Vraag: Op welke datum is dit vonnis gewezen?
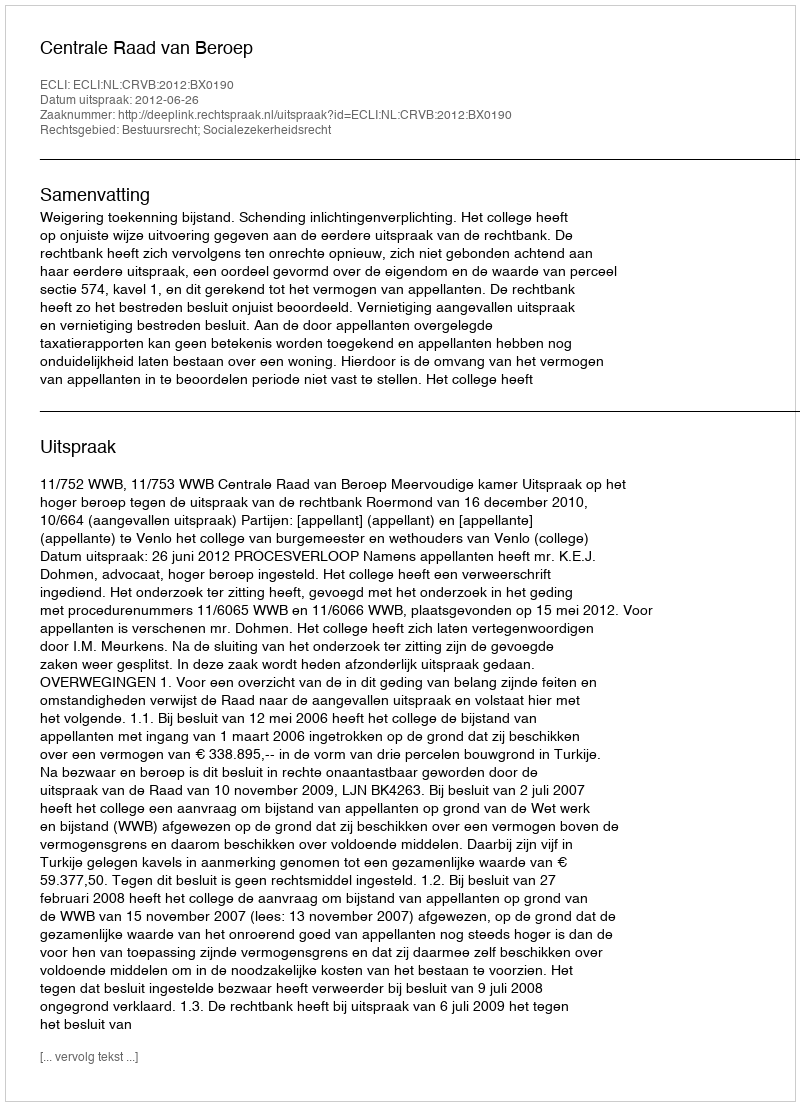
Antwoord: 2012-06-26